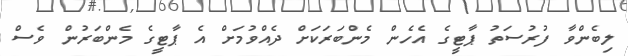
ލިބެންވާ ފުރުސަތު ޕާޓީގެ އެހެން މެންބަރަކަށް ދެއްވުމަށް އެ ޕާޓީގެ މެންބަރުން ވެސް